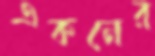
একনের